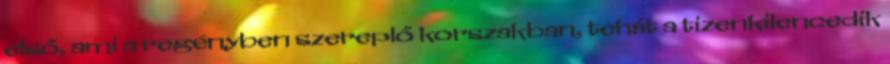
első, ami a regényben szereplő korszakban, tehát a tizenkilencedik